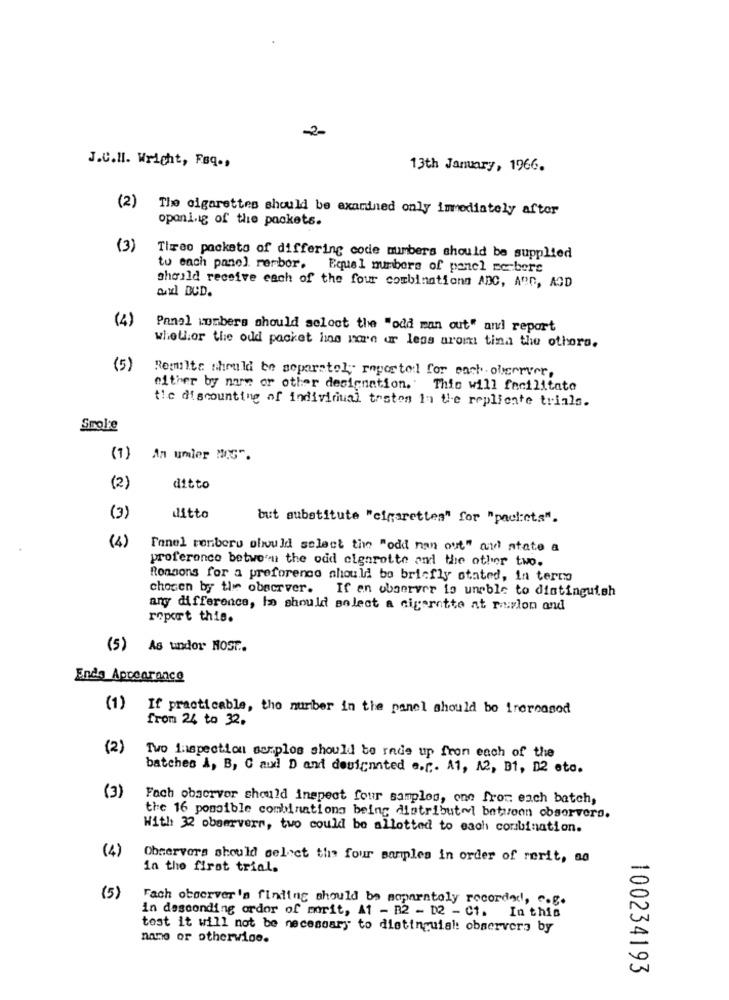
2-
J.C.II. Wright, Faq .,
13th January, 1966.
(2)
The cigarettes should be examined only immediately after
opani.ig of the packets.
(3)
Tireo packeto of differing code numbers should be supplied
tu each panel rerbor.
Equel numbers of panel ra-bere
and DCD.
should receive each of the four combinationn ADC, ABD, AOD
(4)
Panel Lombers should soloct the "odd man out" and report
whether the odd packet lins pan ur leas arom tina the others.
(5)
Results should be separately reported for each observer,
either by name or other designation. This will facilitate
tic discounting of individual testes in the replicate trials.
Srole
(1)
An umler MG".
(2)
ditto
(3)
ditto
but substitute "cigarettes" for "packets".
(4)
Fanel renberg should select the "odd ran out" and state a
proference between the odd cigarette and the other two.
Rongons for a preforenco should bo bricfly stated, in termo
chosen by the observer. If en observer is unable to distinguish
any difference, h> should select a cigarette at revlon and
report this.
(5) As undor NOST.
Ende Appearance
(1) If practicable, the number in the panel should be irereasod
from 24 to 32.
(2)
Two Inspection sorplos should be rade up fron each of the
batches A, B, C audl D and designated e.r. A1, A2, B1, 12 eto.
(3)
Fach observer should inspect four samples, one from each batch,
the 16 possible combinations being distribut~t between observers.
With 32 observers, two could be allotted to each combination.
(4)
Observers should select the four samples in order of rerit, ao
in the first trial.
Fach observer's finding should be separately recorded, c.g.
in descending order of merit, A1 - B2 - 02 - C1. In this
tost it will not be necessary to distinguial: observers by
name or otherwise.
100234193